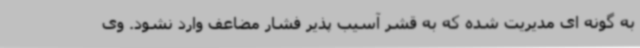
به گونه ای مدیریت شده که به قشر آسیب پذیر فشار مضاعف وارد نشود. وی